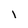
Character: I